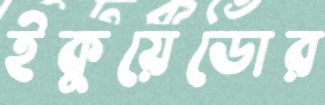
ইকুয়েডোর